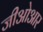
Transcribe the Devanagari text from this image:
जीओआर